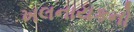
ખલનાયકનો